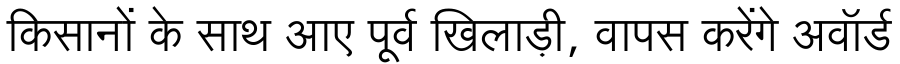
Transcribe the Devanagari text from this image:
किसानों के साथ आए पूर्व खिलाड़ी, वापस करेंगे अवॉर्ड